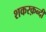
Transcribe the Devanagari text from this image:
शकरक़न्दी